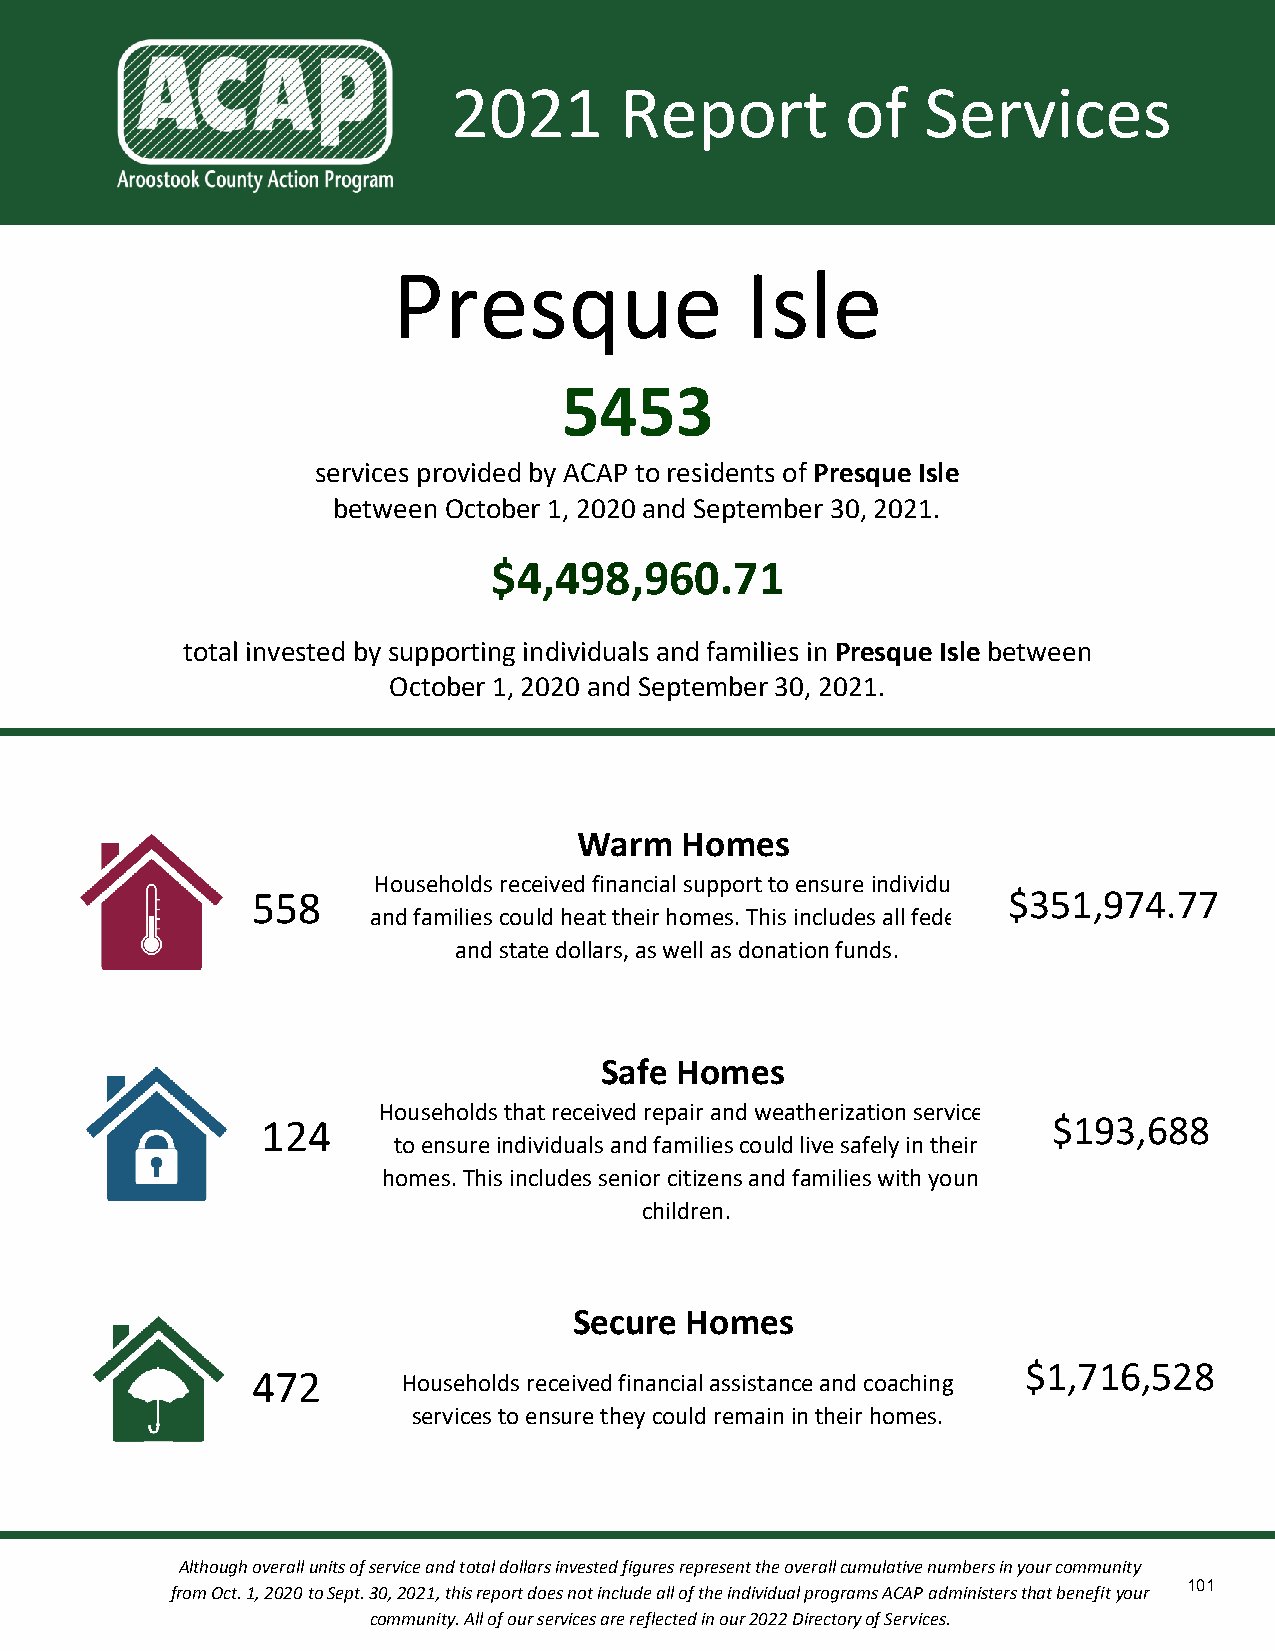
2021       Report         of   Services
 Presque                Isle
 5453
 services provided by ACAP to residents of Presque Isle
 between October 1, 2020 and September 30, 2021.
 $4,498,960.71
 total invested by supporting individuals and families in Presque Isle between
 October 1, 2020 and September 30, 2021.
 Warm   Homes
 Households received financial support to ensure individuals
 558                                               $351,974.77
 and families could heat their homes. This includes all federal
 and state dollars, as well as donation funds.
 Safe Homes
 Households that received repair and weatherization services
 124                                                  $193,688
 to ensure individuals and families could live safely in their
 homes. This includes senior citizens and families with young
 children.
 Secure Homes
 $1,716,528
 472       Households received financial assistance and coaching
 services to ensure they could remain in their homes.
 Although overall units of service and total dollars invested figures represent the overall cumulative numbers in your community
 101
 from Oct. 1, 2020 to Sept. 30, 2021, this report does not include all of the individual programs ACAP administers that benefit your
 community. All of our services are reflected in our 2022 Directory of Services.